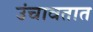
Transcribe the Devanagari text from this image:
उंचावतात